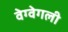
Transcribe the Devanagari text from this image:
वेग्वेगली